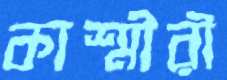
কাশ্মীরী